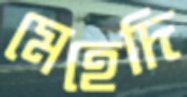
মেহেদি